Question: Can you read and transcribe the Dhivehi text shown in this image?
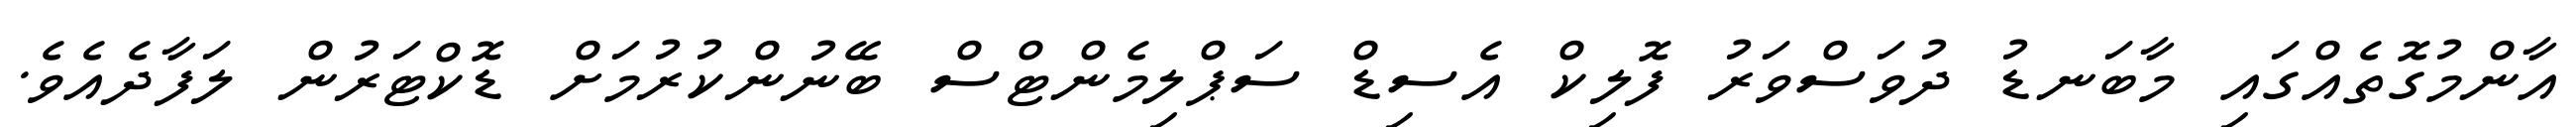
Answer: އާންމުގޮތެއްގައި މާބަނޑު ދުވަސްވަރު ފޮލިކް އެސިޑް ސަޕްލިމެންޓްސް ބޭނުންކުރުމަށް ޑޮކްޓަރުން ލަފާދެއެވެ.